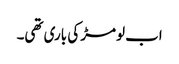
اب لومڑ کی باری تھی۔